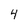
Character: 4